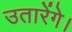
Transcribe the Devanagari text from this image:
उतारेंगे।